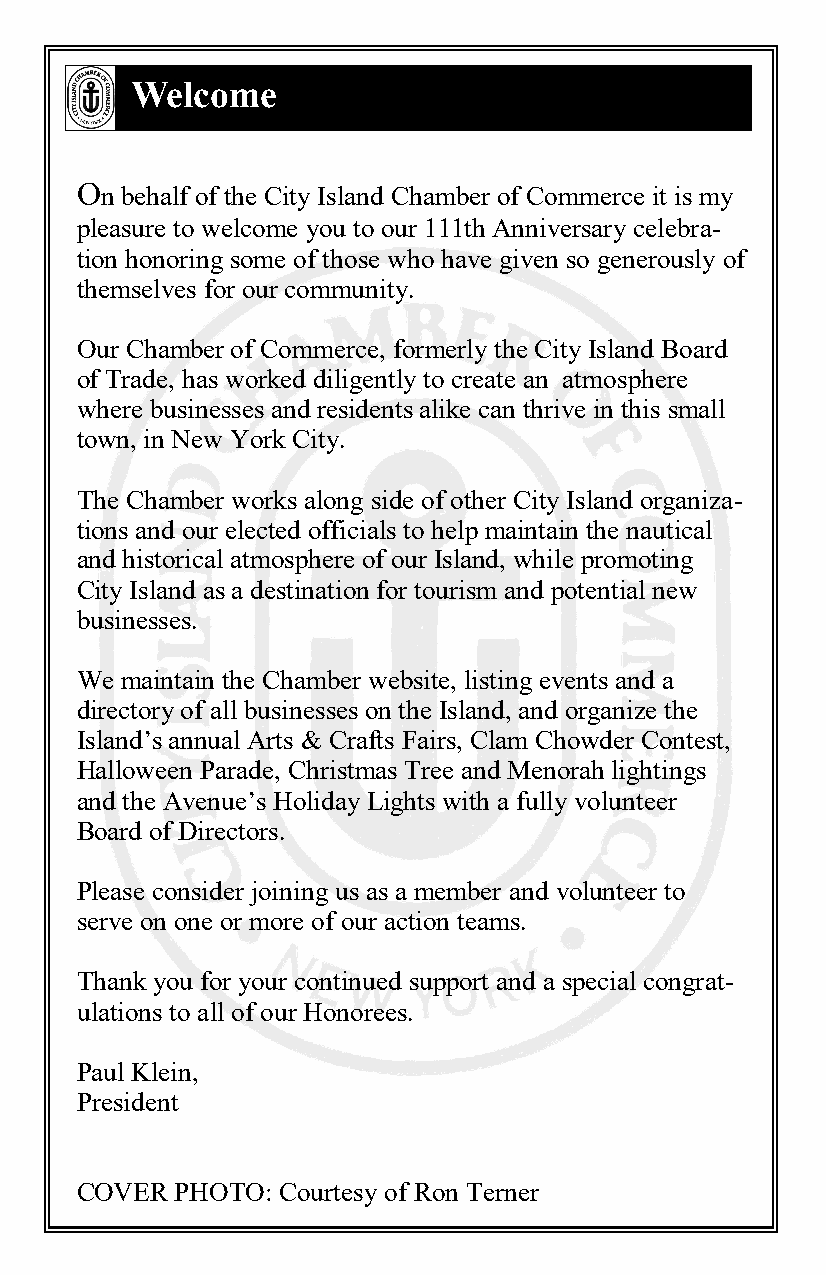
Welcome
 Chamber    Welcome
 On behalf of the City Island Chamber of Commerce it is my
 pleasure to welcome you to our 111th Anniversary celebra-
 tion honoring some of those who have given so generously of
 themselves for our community.
 Our Chamber of Commerce, formerly the City Island Board
 of Trade, has worked diligently to create an atmosphere
 where businesses and residents alike can thrive in this small
 town, in New York City.
 The Chamber works along side of other City Island organiza-
 tions and our elected officials to help maintain the nautical
 and historical atmosphere of our Island, while promoting
 City Island as a destination for tourism and potential new
 businesses.
 We maintain the Chamber website, listing events and a
 directory of all businesses on the Island, and organize the
 Island’s annual Arts & Crafts Fairs, Clam Chowder Contest,
 Halloween Parade, Christmas Tree and Menorah lightings
 and the Avenue’s Holiday Lights with a fully volunteer
 Board of Directors.
 Please consider joining us as a member and volunteer to
 serve on one or more of our action teams.
 Thank you for your continued support and a special congrat-
 ulations to all of our Honorees.
 Paul Klein,
 President
 COVER  PHOTO: Courtesy of Ron Terner